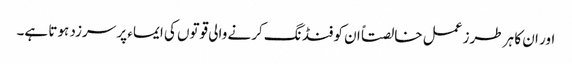
اور ان کا ہر طرز عمل خالصتاً ان کو فنڈ نگ کرنے والی قوتوں کی ایماء پر سرزد ہوتا ہے۔